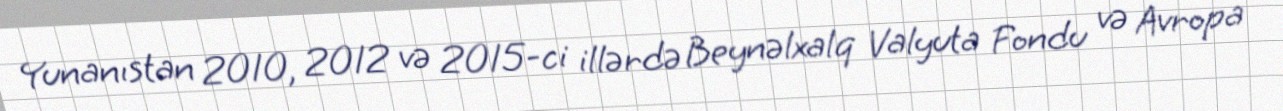
Yunanıstan 2010, 2012 və 2015-ci illərdə Beynəlxalq Valyuta Fondu və Avropa